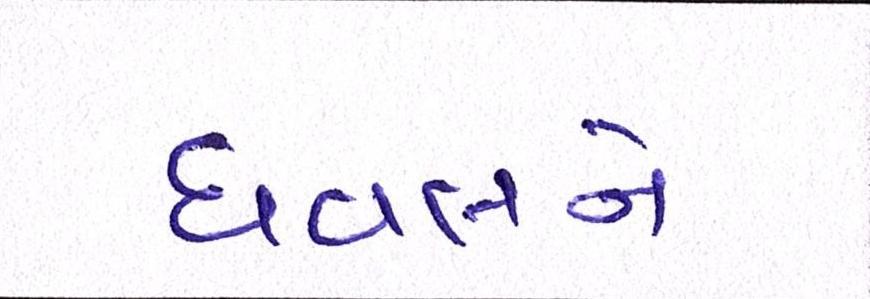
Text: ધવલને